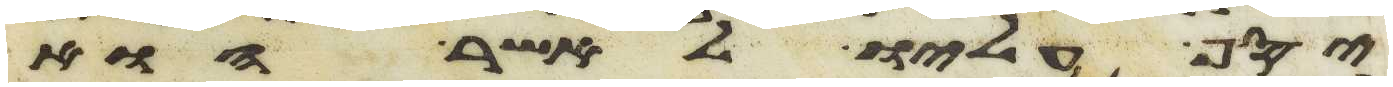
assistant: יסף עליו לאשר הוא